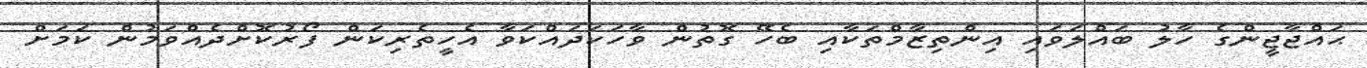
ޙައްޖާޖީންގެ ހާލު ބައްލަވައި އިންތިޒާމްތަކާއި ބެހޭ ގޮތުން ވާހަކަދައްކަވާ އެހީތެރިކަން ފޯރުކޮށްދެއްވަމުން ކަމަށް